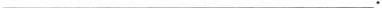
___.